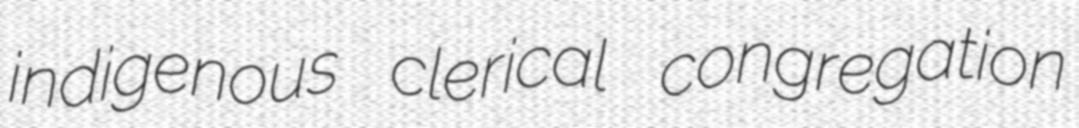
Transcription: indigenous clerical congregation